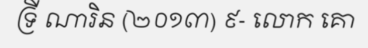
ទ្រី ណារិន (២០១៣) ៩- លោក គោ